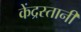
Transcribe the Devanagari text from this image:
केंद्रस्तानी